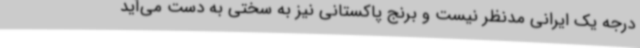
درجه یک ایرانی مدنظر نیست و برنج پاکستانی نیز به سختی به دست می‌آید